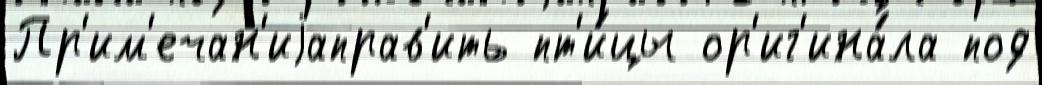
Пр'им'ечан'иjаправ'ить пт'и́цы ор'иг'ина́ла под